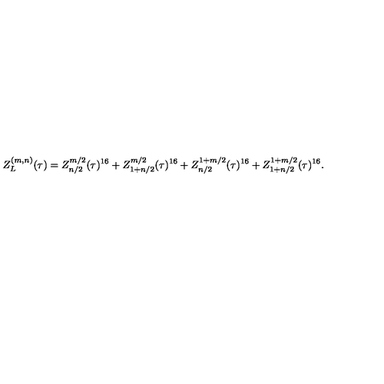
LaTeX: Z _ { L } ^ { ( m , n ) } ( \tau ) = Z _ { n / 2 } ^ { m / 2 } ( \tau ) ^ { 1 6 } + Z _ { 1 + n / 2 } ^ { m / 2 } ( \tau ) ^ { 1 6 } + Z _ { n / 2 } ^ { 1 + m / 2 } ( \tau ) ^ { 1 6 } + Z _ { 1 + n / 2 } ^ { 1 + m / 2 } ( \tau ) ^ { 1 6 } .